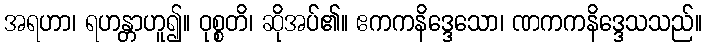
အရဟာ၊ ရဟန္တာဟူ၍။ ဝုစ္စတိ၊ ဆိုအပ်၏။ ဧကကနိဒ္ဒေသော၊ ဏကကနိဒ္ဒေသသည်။